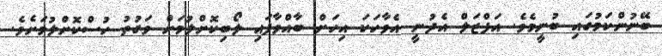
ބޭނުންކަމުގައި ބުނީމެވެ. އަފްޒަލް އެދުނީ އެވާހަކަ އިހަށް ބާއްވާފައި ލޯބިކޮށްލުމަށް ވަގުތު ހުސްކޮށްލުމަށެވެ.